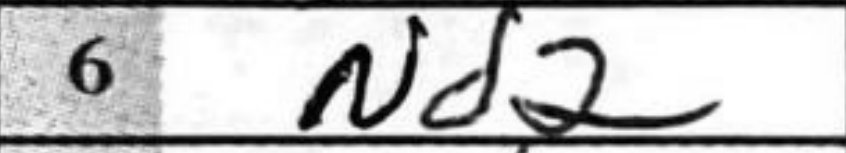
Transcription: Nd2